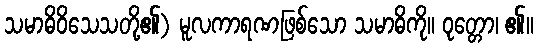
သမာဓိဝိသေသတို့၏) မူလကာရဏဖြစ်သော သမာဓိကို။ ဝုတ္တော၊ ၏။